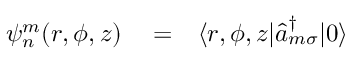
\begin{array} { r l r } { \psi _ { n } ^ { m } ( r , \phi , z ) } & { { } = } & { \langle r , \phi , z | \hat { a } _ { m \sigma } ^ { \dagger } | 0 \rangle } \end{array}